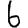
Digit: 6